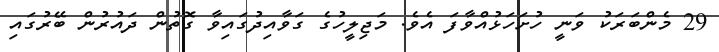
29 މެންބަރަކު ވަނީ ހުށަހަޅުއްވާފަ އެވެ. މަޖިލީހުގެ ގަވާއިދުގައިވާ ގޮތުން ދައުރުން ބޭރުގައި